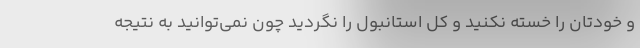
و خودتان را خسته نکنید و کل استانبول را نگردید چون نمی‌توانید به نتیجه